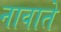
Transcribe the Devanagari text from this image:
नावाते